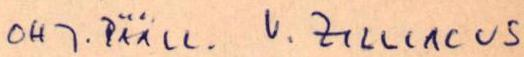
OHJ.PÄÄL. V. ZILLIACUS